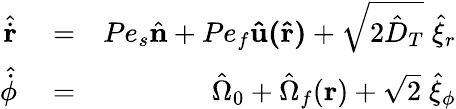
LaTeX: \begin{array}{rlr}{\hat{\dot{\mathbf r}}}&{{}=}&{Pe_{s}\hat{\mathbf n}+Pe_{f}\mathbf{\hat{u}(\hat{r})}+\sqrt{2\hat{D}_{T}}\; \hat{\xi}_{r}}\\ {\hat{\dot{\phi}}}&{{}=}&{\hat{\Omega}_{0}+\hat{\Omega}_{f}(\mathbf r)+\sqrt{2}\; \hat{\xi}_{\phi}}\end{array}